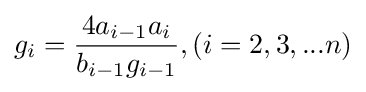
g_{i}={\frac {4a_{i-1}a_{i}}{b_{i-1}g_{i-1}}},(i=2,3,...n)